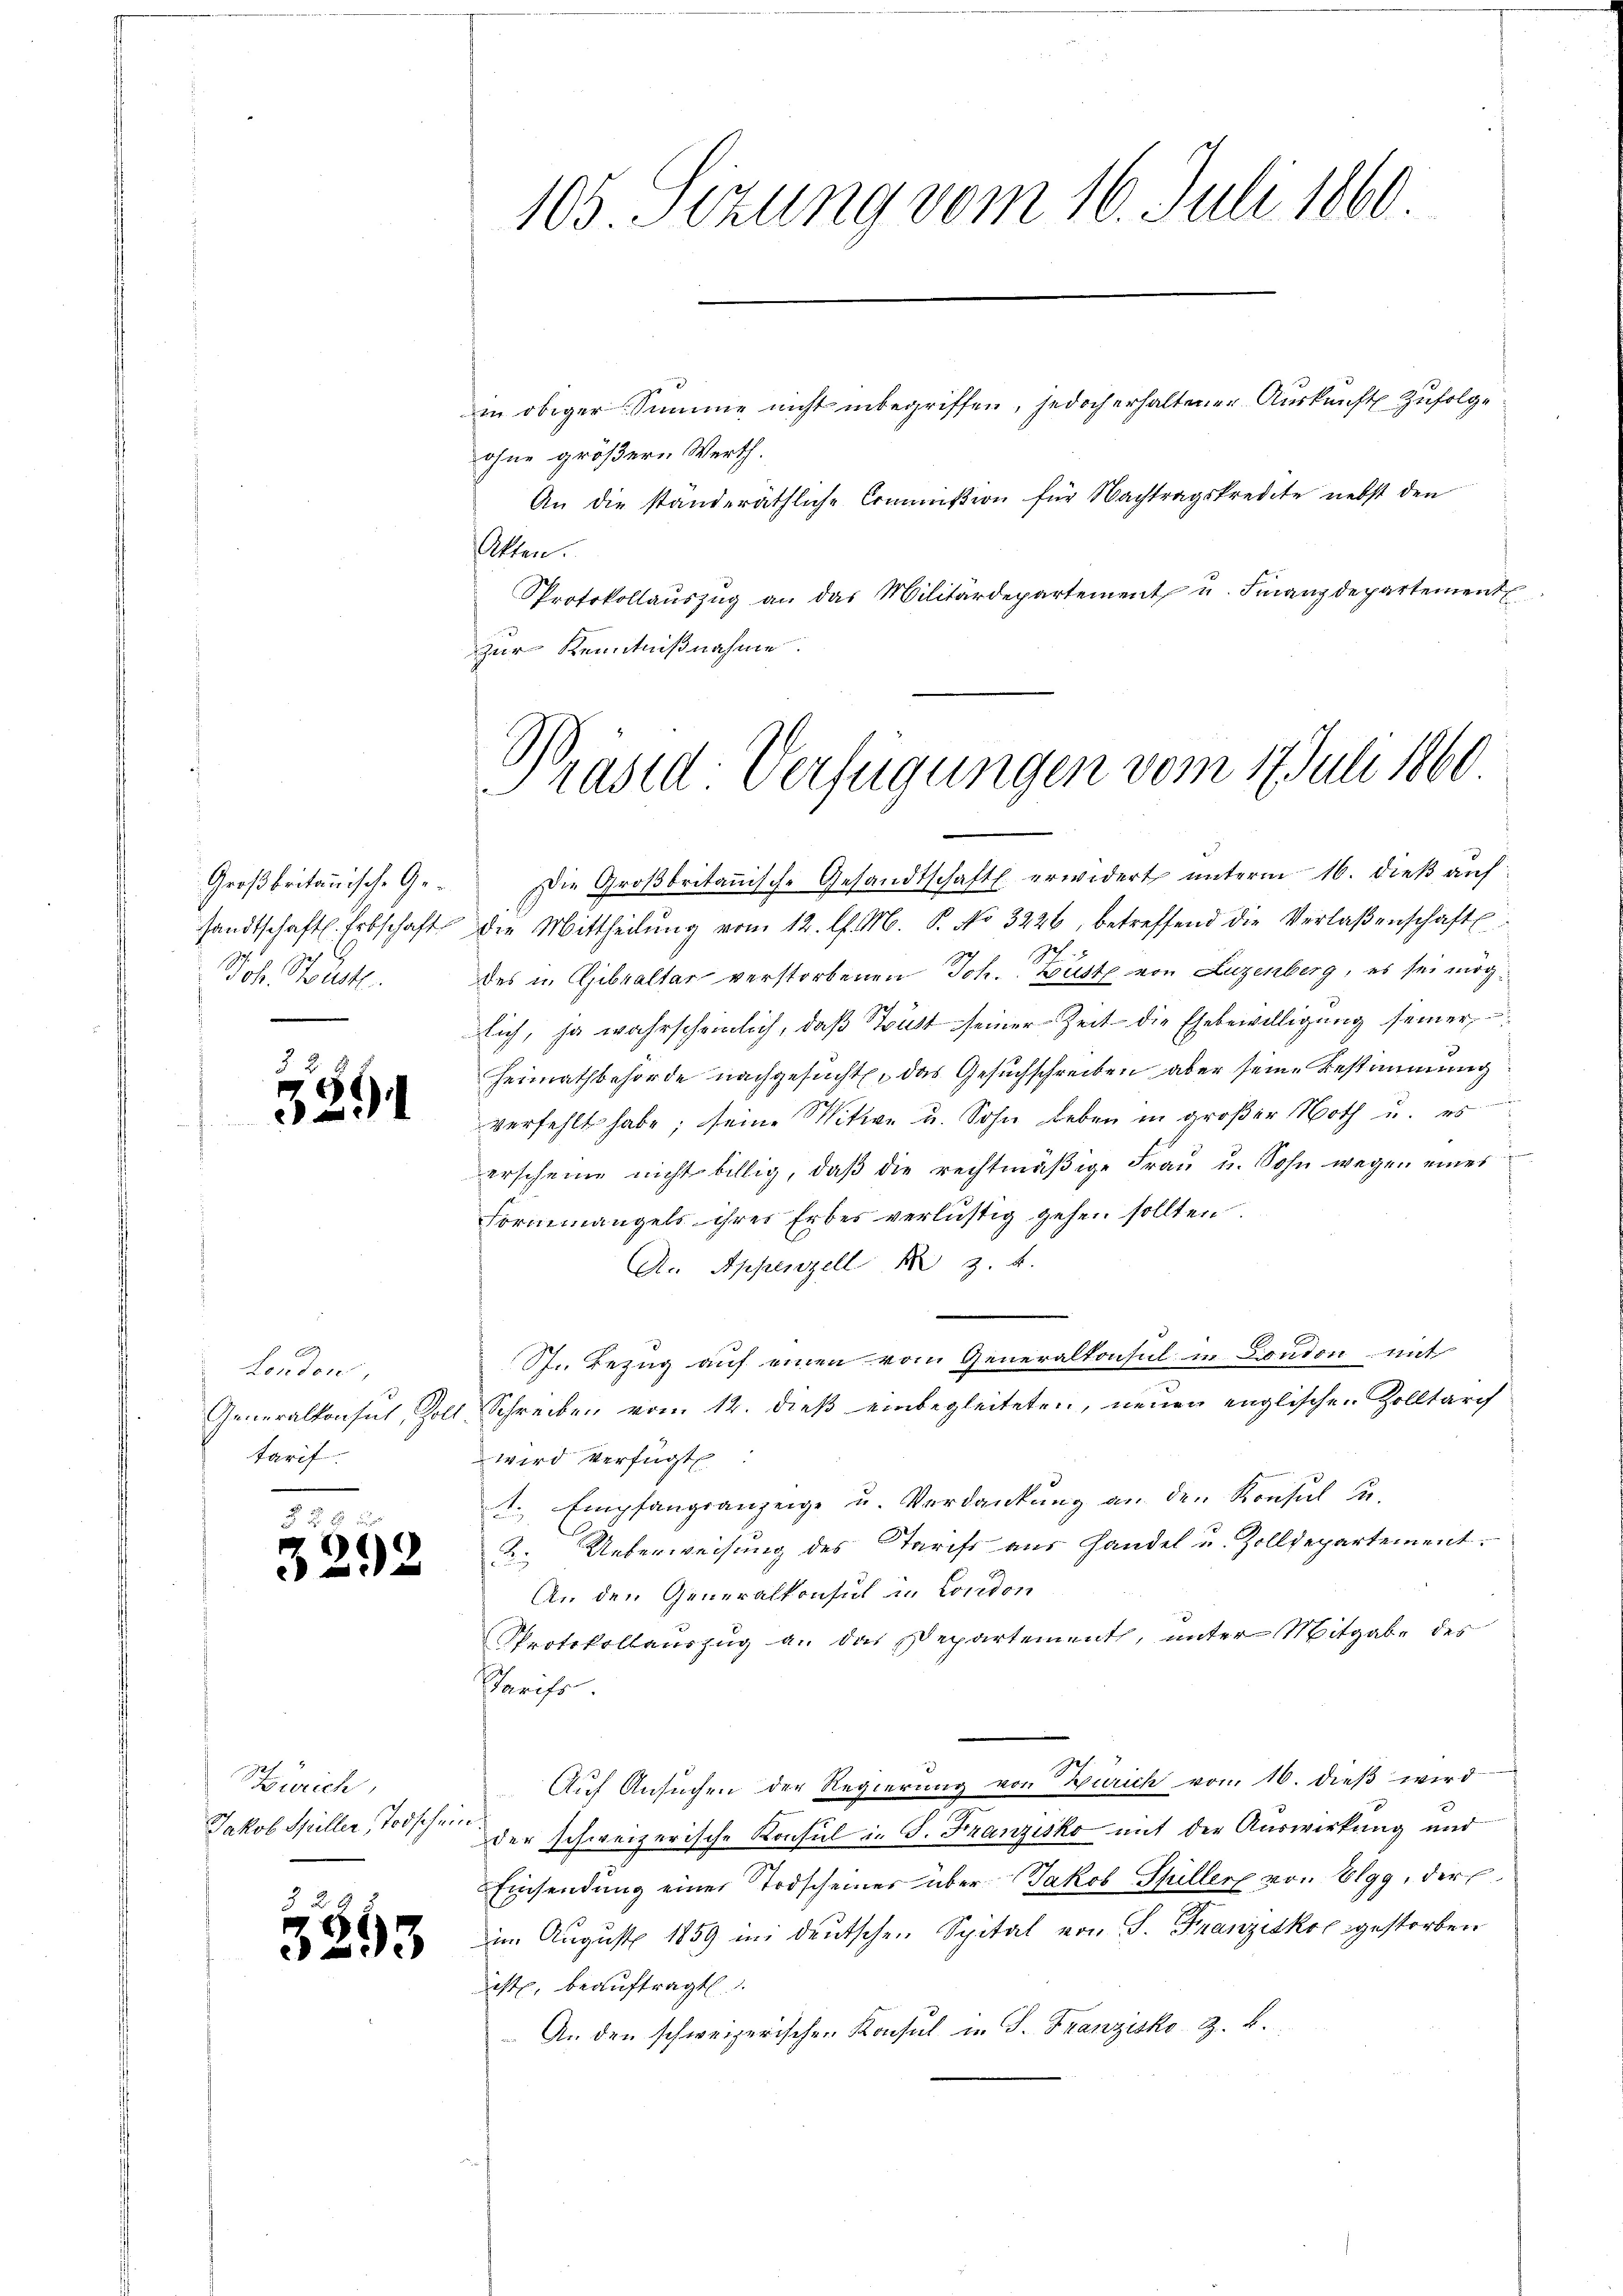
Joh. Sust.

§ 2
x
21

d
London,
tarif

8 f 8 x
3292

Zürich,
Jakob Spiller Todschein.

3

513

Protokollauszug an das Militärdepartement u. Finanzdepartement
zur Kenntnißnahme.

Groβbritanische Ge- Die Groβbritanische Gesandtschaft erwidert unterm 16. dieβ aŭf
sandtschaft. Erbschaft die Mittheilŭng vom 12. l. M. P. No 3226, betreffend die Verlaßenschaft
des u. Gibvaltar verstorbenen Joh. Büste von Luzenberg, es sei mögsich, ja wahrscheinlich, daß Brust seiner Zeit die Ehebewilligung seiner
Heimathbehörde nachgesuchten das Gesuchschreiben aber seine Bestimmung
verfehlt habe; seine Mitwe u. Sohn Leben in großer Noth u. es
erscheine nicht billig, daß die rechtmäßige Frau u. Sohn wegen eines
Formmangels ihres Erbes verlustig gehen sollten.
A.. Appenzell z. B.
St.. Bezug auf einen vom Generalkonsul in London mit
Generalkonsul, Zoll Schreiben vom 12. dieß einbegleiteten, neuen englischen Zolltarif
wird verfügt
1. Empfangsanzeige u. Verdankung an den Konsul R.
. Ueberweisung des Tarift aus Handel u. Zolldepartement.
An den Generalkonsul in London
Protokollauszug a. das Departement, unter Mitgabe des
Tarifs.
Auf Ansuchen der Regierung von Zürich vom 16. dieß wird
der schweizerische Konsul in G. Franzisko mit der Auswirkung und
Einsendung einer Todscheines über Jakob Spiller von Elgg, der
im August 1859 in deutschen Spital von S. Franzisko gestorben
ist, beauftragt
An den schweizerischen Konsul in S. Franzisko z. B.

105. Sizung vom 16. Juli 1860
in obiger Summe nicht inbegriffen, jedoch erhaltener Auskunft. Zufolge
ohne größern Werth.
An die ständeräthliche Commißion für Nachtragskredite nebst den
tten.

e
rasid: Verfügungen vom 17. Juli 1860.